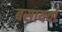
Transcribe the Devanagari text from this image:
बसायचो